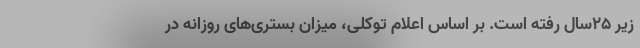
زیر ۲۵سال رفته است. بر اساس اعلام توکلی، میزان بستری‌های روزانه در